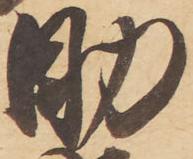
助